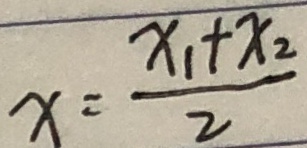
x = \frac { x _ { 1 } + x _ { 2 } } { 2 }